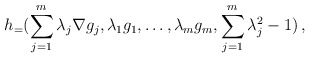
\begin{align*}h_=(\sum_{j=1}^m \lambda_j \nabla g_j, \lambda_1 g_1,\dots,\lambda_m g_m,\sum_{j=1}^m\lambda_j^2-1)\,,\end{align*}